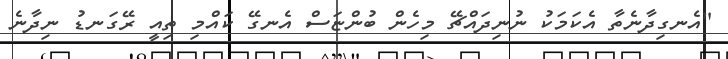
"އެނގިދާނެތާ އެކަމަކު ނުނިދައްޗޭ މިހެން ބުންޏަސް އެނގޭ ކައްމި ތިއީ ރޭގަނޑު ނިދާނެ